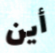
أين